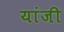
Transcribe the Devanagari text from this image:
यांजी